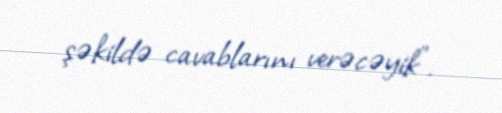
şəkildə cavablarını verəcəyik”.